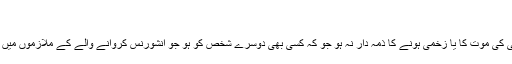
؂
3 انشورنس کروانے والے کی قانون کے مطابق ذمہ داری جو کہ کسی کی موت کا یا زخمی ہونے کا ذمہ دار نہ ہو جو کہ کسی بھی دوسرے شخص کو ہو جو انشورنس کروانے والے کے ملازموں میں سے ہو یا ورک مین یا انشورنس کروانے والے کی اپنی فیملی سے ہو۔